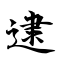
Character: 逮